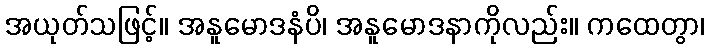
အယုတ်သဖြင့်။ အနူမောဒနံပိ၊ အနူမောဒနာကိုလည်း။ ကထေတွာ၊